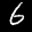
Label: 6